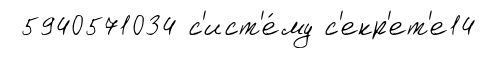
5940571034 с'ист'е́му с'екр'ет'е14